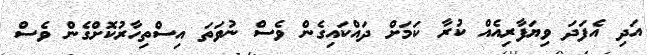
އަދި އެފަދަ ވިޔަފާރިއެއް ކުރާ ކަމަށް ދައްކައިގެން ވެސް ނުވަތަ އިސްތިހާރުކޮށްގެން ވެސް